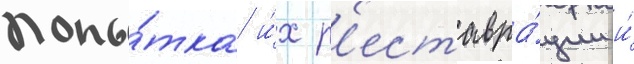
попы́тка и́х р'еставра́ции и́